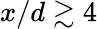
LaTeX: x/d\gtrsim 4